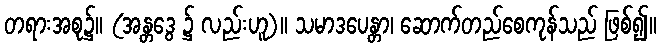
တရားအစု၌။ (အန္တဒွေ ၌ လည်းဟူ)။ သမာဒပေန္တာ၊ ဆောက်တည်စေကုန်သည် ဖြစ်၍။